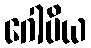
ဂေါပိယ